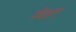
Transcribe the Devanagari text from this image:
जेइए